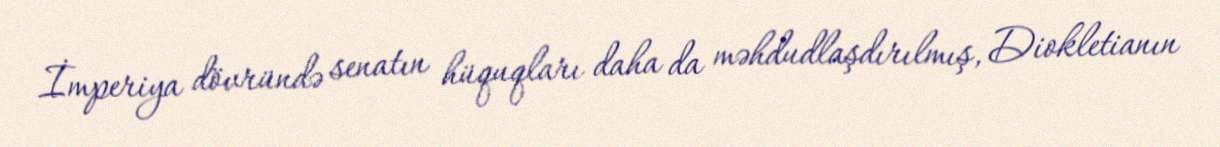
İmperiya dövründə senatın hüquqları daha da məhdudlaşdırılmış, Diokletianın